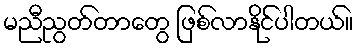
မညီညွတ်တာတွေ ဖြစ်လာနိုင်ပါတယ်။